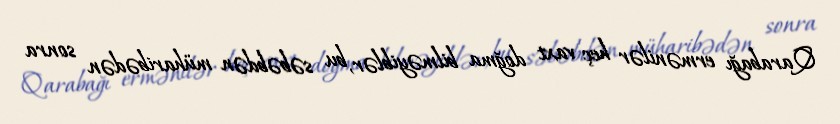
Qarabağı ermənilər heç vaxt doğma bilməyiblər, bu səbəbdən müharibədən sonra